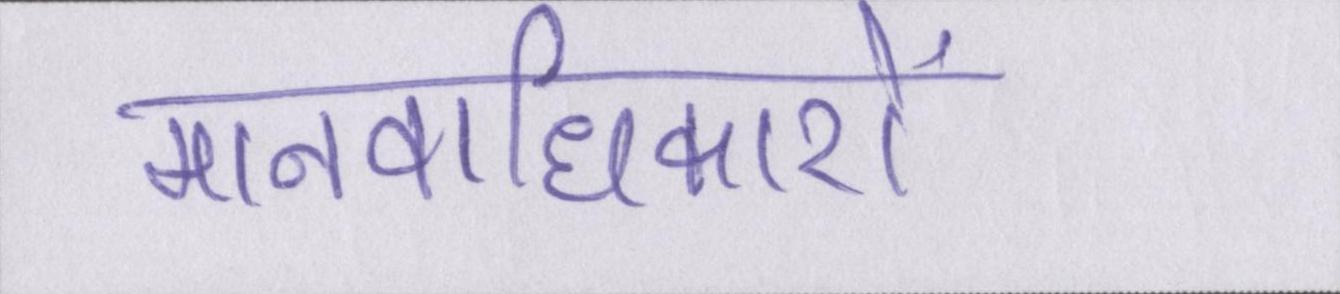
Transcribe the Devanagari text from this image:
मानवाधिकारों